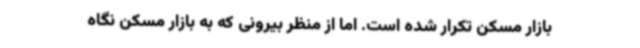
بازار مسکن تکرار شده است. اما از منظر بیرونی که به بازار مسکن نگاه